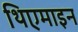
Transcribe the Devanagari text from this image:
थिएमाइन